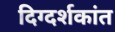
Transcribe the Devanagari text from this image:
दिग्दर्शकांत